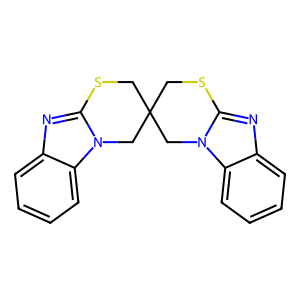
SMILES: c1ccc2c(c1)nc1n2CC2(CS1)CSc1nc3ccccc3n1C2
Inhibits HIV replication: No